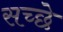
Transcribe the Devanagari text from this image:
सच्छे